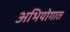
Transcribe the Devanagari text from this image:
अभियोगात